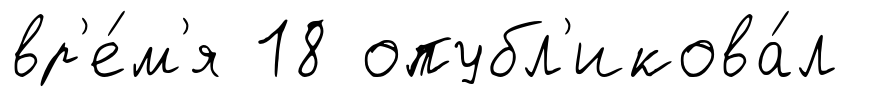
вр'е́м'я 18 опубл'икова́л